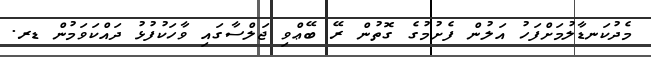
މެދުކަނޑާލުމަށްފަހު އަލުން ފެށުމުގެ ގޮތުން ރޭ ބޭޢްވި ޖަލްސާގައި ވާހަކުފުޅު ދައްކަވަމުން ޑރ.